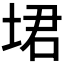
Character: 𪣣